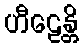
ဟီဠေန္တိ